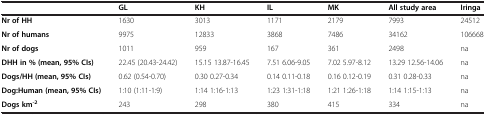
|  | GL | KH | IL | MK | All study area | Iringa |
 | --- | --- | --- | --- | --- | --- | --- |
 | Nr of HH | 1630 | 3013 | 1171 | 2179 | 7993 | 24512 |
 | Nr of humans | 9975 | 12833 | 3868 | 7486 | 34162 | 106668 |
 | Nr of dogs | 1011 | 959 | 167 | 361 | 2498 | na |
 | DHH in % (mean, 95% CIs) | 22.45 (20.43-24.42) | 15.15 13.87-16.45 | 7.51 6.06-9.05 | 7.02 5.97-8.12 | 13.29 12.56-14.06 | na |
 | Dogs/HH (mean, 95% CIs) | 0.62 (0.54-0.70) | 0.30 0.27-0.34 | 0.14 0.11-0.18 | 0.16 0.12-0.19 | 0.31 0.28-0.33 | na |
 | Dog:Human (mean, 95% CIs) | 1:10 (1:11-1:9) | 1:14 1:16-1:13 | 1:23 1:31-1:18 | 1:21 1:26-1:18 | 1:14 1:15-1:13 | na |
 | Dogs km-2 | 243 | 298 | 380 | 415 | 334 | na |